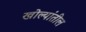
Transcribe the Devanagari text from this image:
खोल्यांतील